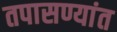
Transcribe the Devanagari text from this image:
तपासण्यांत